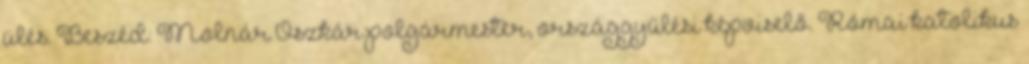
ülés. Beszéd: Molnár Oszkár polgármester, országgyűlési képviselő. Római katolikus